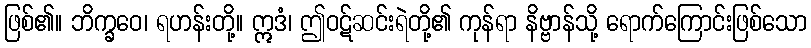
ဖြစ်၏။ ဘိက္ခဝေ၊ ရဟန်းတို့။ ဣဒံ၊ ဤဝဋ်ဆင်းရဲတို့၏ ကုန်ရာ နိဗ္ဗာန်သို့ ရောက်ကြောင်းဖြစ်သော